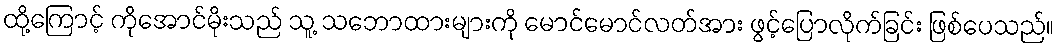
ထို့ကြောင့် ကိုအောင်မိုးသည် သူ့ သဘောထားများကို မောင်မောင်လတ်အား ဖွင့်ပြောလိုက်ခြင်း ဖြစ်ပေသည်။